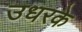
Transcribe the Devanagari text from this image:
उधरके